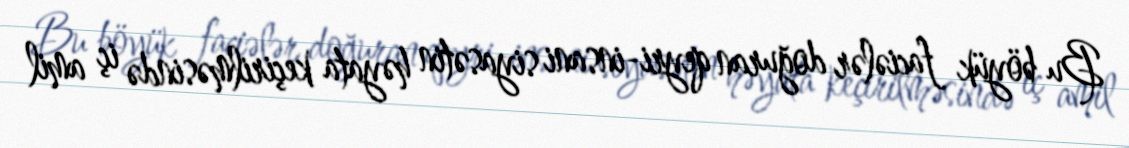
Bu böyük faciələr doğuran qeyri-insani siyasətin həyata keçirilməsində iç amil